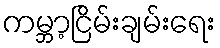
ကမ္ဘာ့ငြိမ်းချမ်းရေး